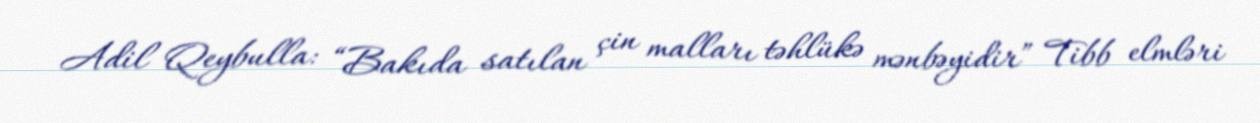
Adil Qeybulla: “Bakıda satılan çin malları təhlükə mənbəyidir” Tibb elmləri